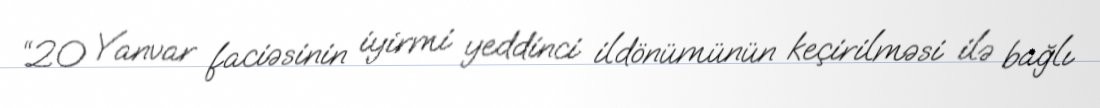
“20 Yanvar faciəsinin iyirmi yeddinci ildönümünün keçirilməsi ilə bağlı